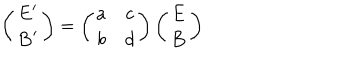
\left( \begin{array} { c } { { { \mathbf { E } ^ { \prime } } } } \\ { { \mathbf { B } ^ { \prime } } } \\ \end{array} \right) = \left( \begin{array} { c c } { { a } } & { { c } } \\ { { b } } & { { d } } \\ \end{array} \right) \left( \begin{array} { c } { { \mathbf { E } } } \\ { { \mathbf { B } } } \\ \end{array} \right)